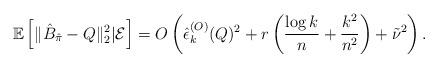
LaTeX: \begin{align*}\mathbb{E}\left[\|\hat{B}_{\hat{\pi}}-Q\|_2^2 | \mathcal{E} \right] =O\left(\hat{\epsilon}_k^{(O)}(Q)^2+r\left(\frac{\log k}{n}+\frac{k^2}{n^2}\right)+\tilde{\nu}^2 \right).\end{align*}